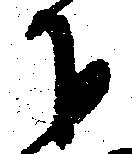
下